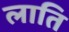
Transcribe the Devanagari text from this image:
लाति